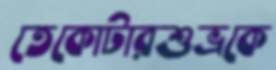
তেকোটারশুভ্রকে